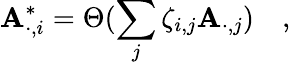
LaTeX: \mathbf{A}_{\cdot,i}^{\ast}=\Theta(\sum_{j}\zeta_{i,j}\mathbf{A}_{\cdot,j})\quad,